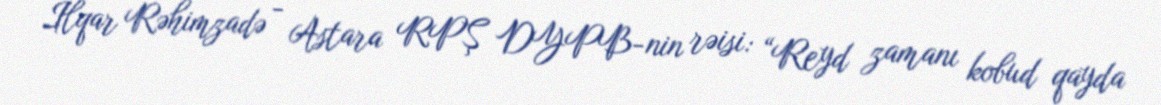
İlqar Rəhimzadə - Astara RPŞ DYPB-nin rəisi: “Reyd zamanı kobud qayda